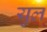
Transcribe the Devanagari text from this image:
युल